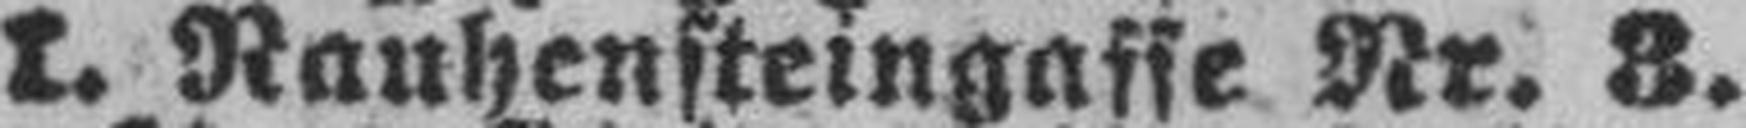
I. Rauhensteingasse Nr. 3.